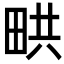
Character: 𤱨